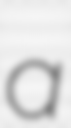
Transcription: a